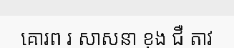
គោរព រ សាសនា ខុង ជឺ តាវ